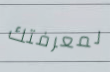
لمعرفتك